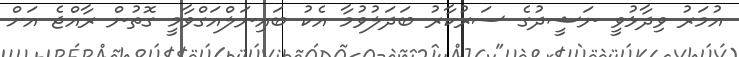
އުމަރު ވިދާޅުވީ ނަޝީދުގެ ސަރުކާރު ބަދަލުވުމާ އެކު ބައިނަލްއަގްވާމީ ގޮތުން ރާއްޖެ އަށް